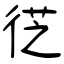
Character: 徔